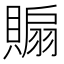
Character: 𧷘